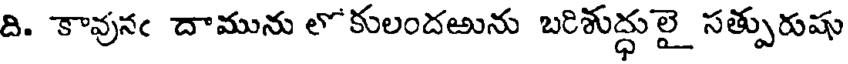
ది. కావునఁ దామును లోకులందఱును బరిశుద్ధులై సత్పురుషు